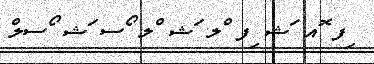
ިފ ޮއ ަޝ ިފ ްލ ަޝ ްލ ޯސ ަޝ ޯސލް